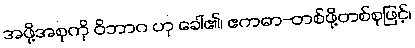
အဖို့အစုကို ဝိဘာဂ ဟု ခေါ်၏၊ ဧကဓာ-တစ်ဖို့တစ်စုဖြင့်၊